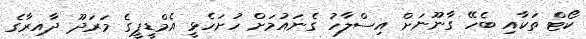
ކޯޓް ތަކާއި ބެހޭ ގާނޫނަށް އިސްލާހު ގެނައުމަށް ހުށަހެޅީ އެމްޑީޕީގެ މަރަދޫ ދާއިރާގެ